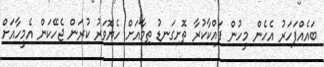
ބައެއްފަހަރު އެހެން މީހުން ފައްކާކުރާ ތޮށިގަނޑު ތިމާއަށް ހެޔޮވަރު ކުރަން ޖެހޭކަން އެމީހާއަށް